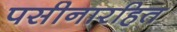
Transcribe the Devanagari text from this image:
पसीनारहित